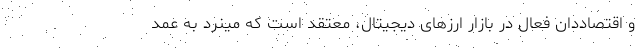
و اقتصاددان فعال در بازار ارزهای دیجیتال، معتقد است که مینرد به عمد